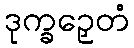
ဒုက္ခဉှေတံ